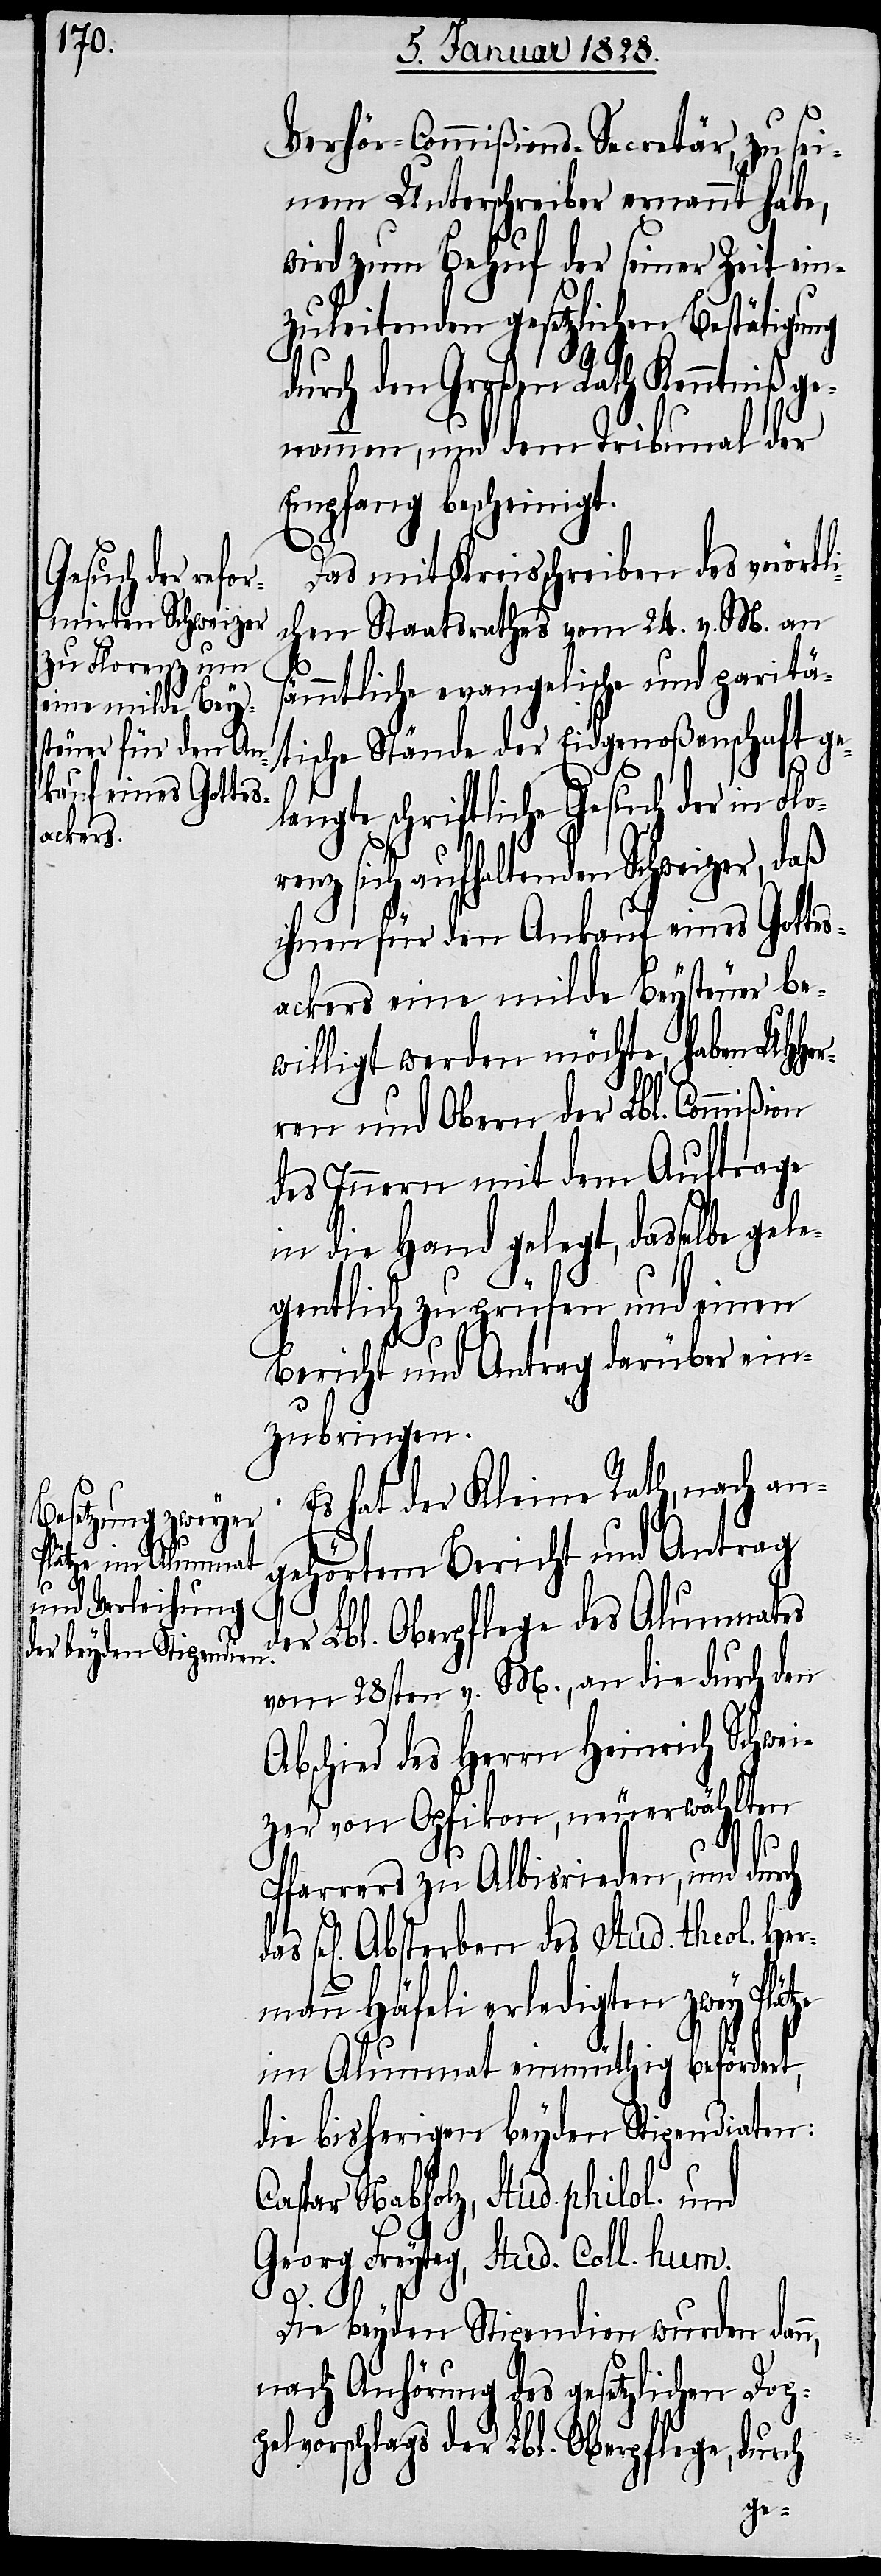
d¬

Verhör-Commißions-Secretär, zu sei¬
nem Unterschreiber ernannt habe,
wird zum Behuf des seiner Zeit ein¬
zuleitenden gesetzlichen Bestätigung
rch den Großen Rath Kenntniß g¬
enommen, und dem Tribunal der
Empfang bescheinigt.
Das mit Kreisschreiben des vorörtl¬
ichen Staatsrathes vom 24. v. M. an
ämmtliche evangelische und paritä¬
tische Stände der Eidgenoßenschaft ge¬
langte schriftliche Gesuch der in Flo¬
renz sich aufhaltenden Schweizer, daß
ihnen für den Ankauf eines Gottes¬
ackers eine milde Beysteuer be¬
willigt werden möchte, haben UHHer¬
ren und Obern der Lbl. Commißion
des Innern mit dem Auftrage
in die Hand gelegt, dasselbe gele¬
gentlich zu prüfen und einen
Bericht und Antrag darüber ein¬
zubringen.
Es hat der Kleine Rath, nach an¬
gehörtem Bericht und Antrag
er Lbl. Oberpflege des Alumnates
vom 28sten v. M., an die durch den
Abschied des Herrn Heinrich Schwei¬
zer von Opfikon, neuerwählten
Pfarrers zu Albisrieden, und durch
Absterben des Stud. theol. Her¬
mann Häfeli erledigten zwey Plätze
im Alumnat einmüthig befördert,
die bisherigen beyden Stipendiaten:
Caspar Nabholz, Stud. philol. und
Georg Freytag, Stud. Coll. hum.
Die beyden Stipendien wurden dan¬
nach Anhörung des gesetzlichen Dop¬
pelvorschlags der Lbl. Oberpflege, durch

n,